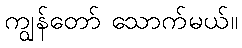
ကျွန်တော် သောက်မယ်။